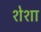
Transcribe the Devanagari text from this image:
शेशा